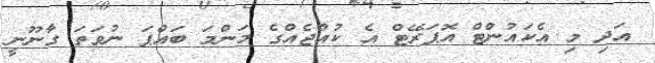
އަދި މި އެކައުންޓް އޮޕަރޭޓް އެ ކުއްޖެއްގެ މަންމަ ބައްޕަ ނުވަތަ ގާނޫނީ